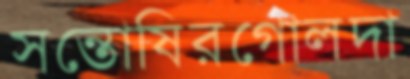
সন্তোষিরগোলদা